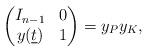
LaTeX: \begin{align*}\begin{pmatrix}I_{n-1}&0\\y(\underline{t})&1\end{pmatrix}=y_Py_K,\end{align*}